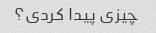
چیزی پیدا کردی؟